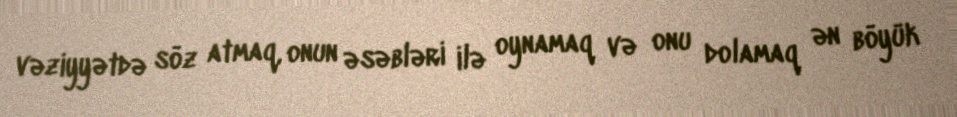
vəziyyətdə söz atmaq, onun əsəbləri ilə oynamaq və onu dolamaq ən böyük